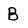
Character: B